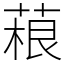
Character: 𦶠